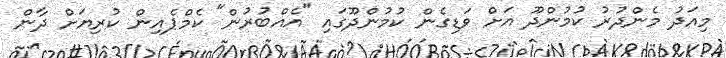
މިއަދު މެންދުރު ކުމުންދޫ އަށް ވަޑިގެން ކުމުންދޫގައި "އެއްބުރުން" ކެމްޕެއިން ކުރިޔަށް ދާން